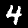
Label: 4